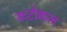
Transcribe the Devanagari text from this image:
कटीकल